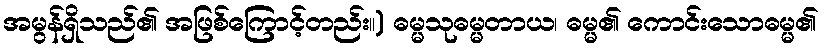
အမွန်ရှိသည်၏ အဖြစ်ကြောင့်တည်း။) ဓမ္မသုဓမ္မတာယ၊ ဓမ္မ၏ ကောင်းသောဓမ္မ၏